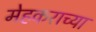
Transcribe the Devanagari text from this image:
मेहकराच्या